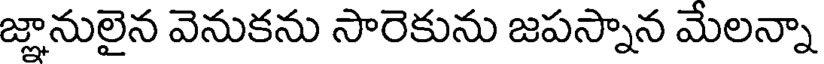
జ్ఞానులైన వెనుకను సారెకును జపస్నాన మేలన్నా